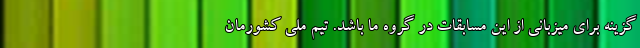
گزینه برای میزبانی از این مسابقات در گروه ما باشد. تیم ملی کشورمان